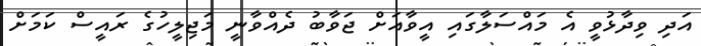
އަދި ވިދާޅުވީ އެ މައްސަލާގައި އީވާއަށް ޖަވާބު ދެއްވާނީ މަޖިލީހުގެ ރައީސް ކަމަށް